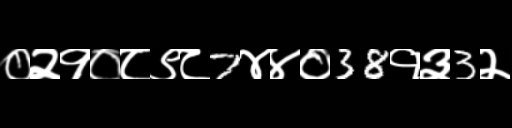
Text: ०२१०८९८7४४०38१३3२